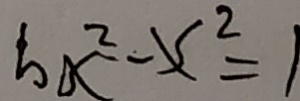
b x ^ { 2 } - x ^ { 2 } = 1